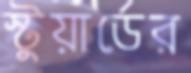
স্টুয়ার্ডের